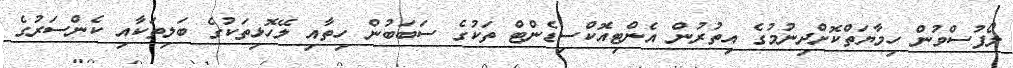
ލޯފުސްވުން ހިމާޔަތްކޮށްދިނުމުގެ އިތުރުން އެންޓިއޮކްސިޑެންޓް ތަކުގެ ސަބަބުން ހިތާއި ލޭހޮޅިތަކުގެ ބަލިތަކާއި ކެންސަރުގެ